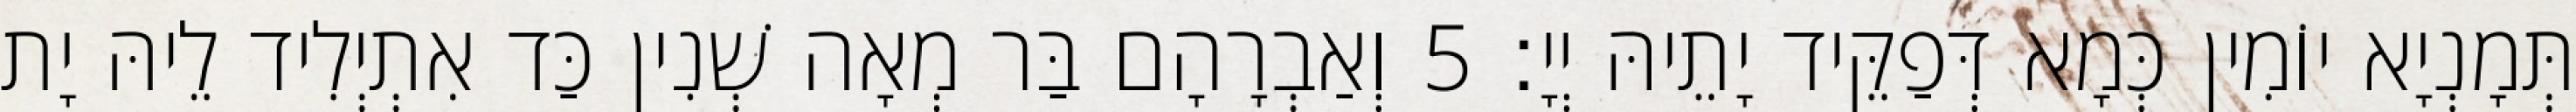
תְּמָנְיָא יוֹמִין כְּמָא דְּפַקֵּיד יָתֵיהּ יְיָ׃ 5 וְאַבְרָהָם בַּר מְאָה שְׁנִין כַּד אִתְיְלִיד לֵיהּ יָת